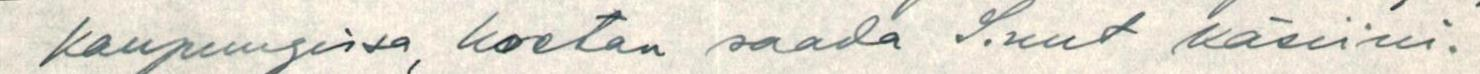
kaupungissa, koetan saada Sinut käsiini.